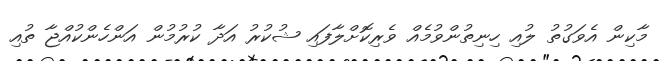
މާކިން އެވަގުތު ލުއި ހިނިތުންވުމެއް ވެރިކޮށްލާފައި ޝުކުރު އަދާ ކުރުމުން އަންހެންކުއްޖާ ތުއި